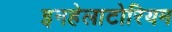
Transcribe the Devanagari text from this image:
इनहेलाटोरियम